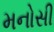
મનોસી